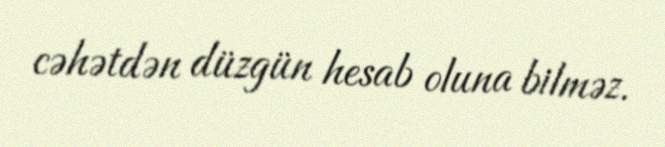
cəhətdən düzgün hesab oluna bilməz.